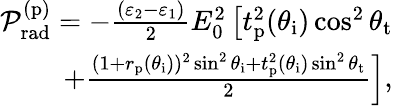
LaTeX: \begin{array}{r}{\mathcal{P}_{\mathrm{rad}}^{(\mathrm{p})}=-\frac{\left(\varepsilon_{2}-\varepsilon_{1}\right)}{2}E_{0}^{2}\left[t_{\mathrm{p}}^{2}(\theta_{\mathrm{i}})\cos^{2}\theta_{\mathrm{t}}\right.}\\ {\left.+\frac{(1+r_{\mathrm{p}}(\theta_{\mathrm{i}}))^{2}\sin^{2}\theta_{\mathrm{i}}+t_{\mathrm{p}}^{2}(\theta_{\mathrm{i}})\sin^{2}\theta_{\mathrm{t}}}{2}\right],}\end{array}